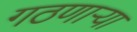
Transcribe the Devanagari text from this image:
गठणार्‍या